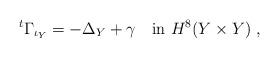
LaTeX: \begin{align*} {}^t \Gamma_{\iota_Y} = -\Delta_Y +\gamma\ \ \ \hbox{in}\ H^8(Y\times Y)\ ,\end{align*}